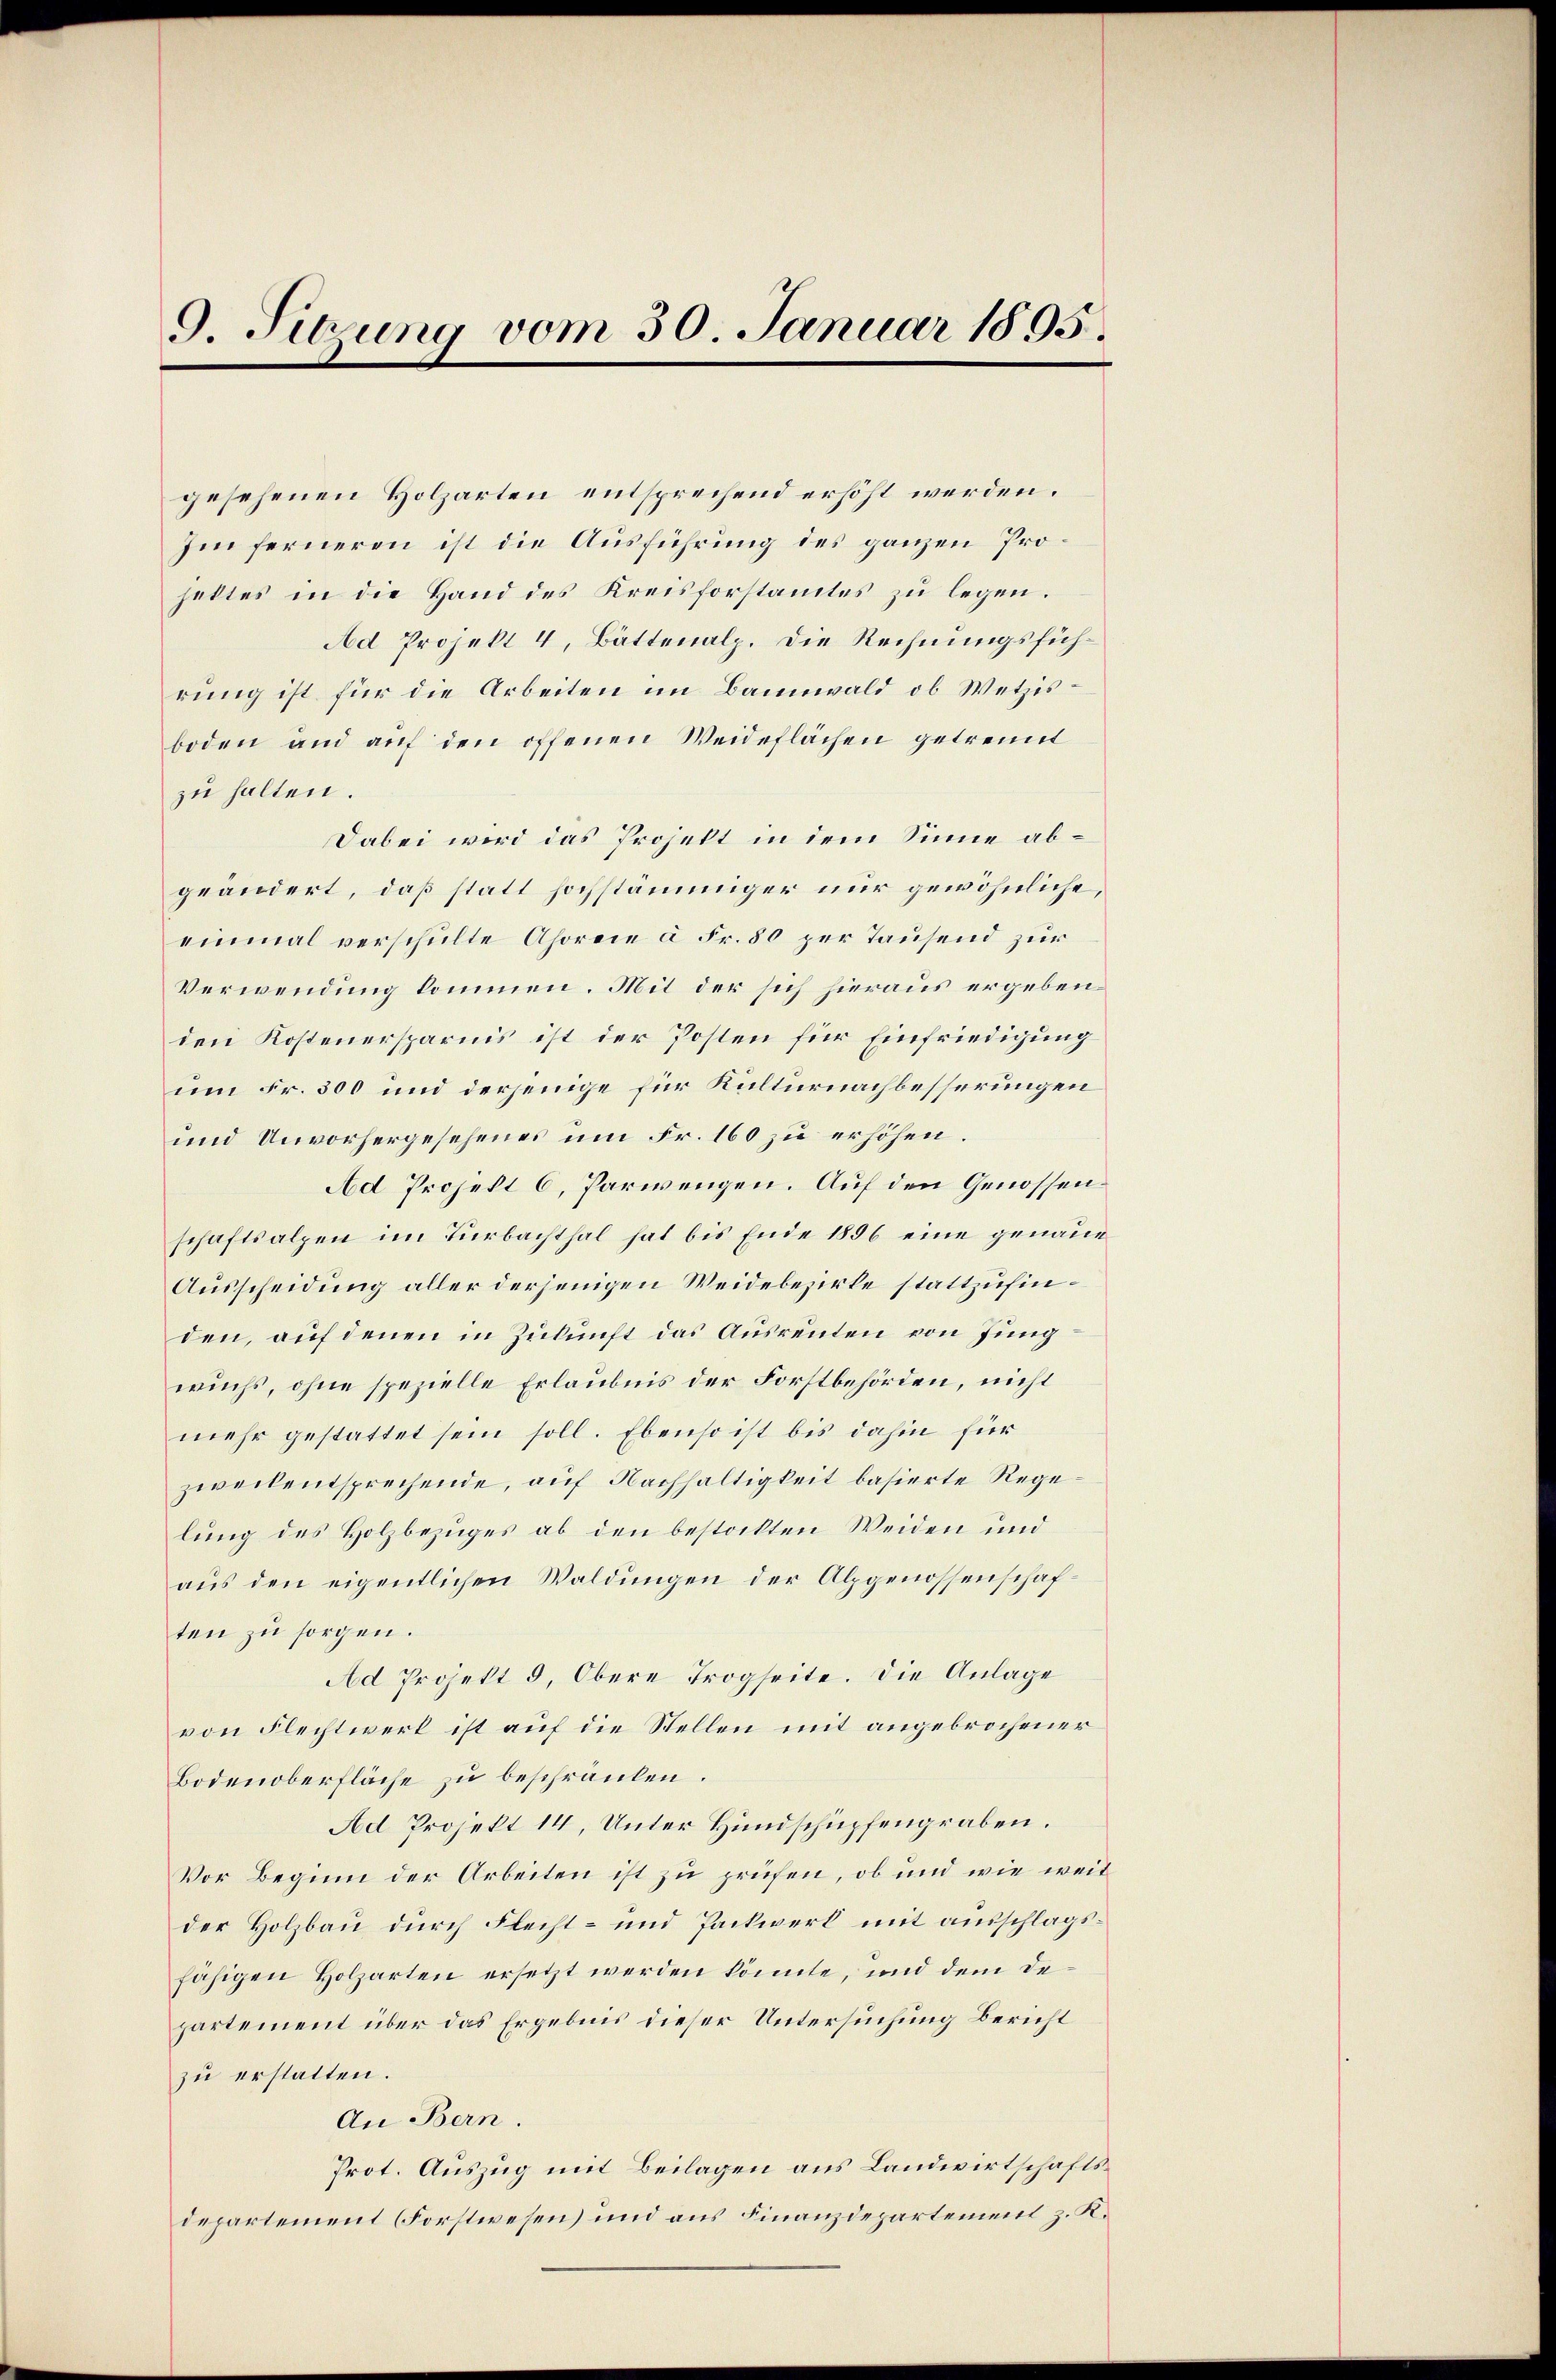
9. Sitzung vom 30. Januar 1895.

gesehenen Holzarten entsprechend erhöht werden.
Im ferneren ist die Ausführung des ganzen Projettes in die Hand des Kreisforstamtes zu legen.
Ad Projekt 4, Battenalp. Die Rechnungsführung ist für die Arbeiten im Bannwald ob Wetzisboden und auf den offenen Weideflächen getrennt
zu halten.
Dabei wird das Projekt in dem Sinne abgeändert, daß statt hochstämmiger nur gewöhnliche,
einmal verschulte Ahoreie à Fr. 80 per Tausend zur
Verwendung kommen. Mit der sich hieraus ergeben
den Kostenersparnis ist der Posten für Einfriedigung
um Fr. 300 und derjenige für Kulturnachbesserungen
und Unvorhergesehenes um Fr. 160 zu erhöhen.
Ad Projekt 6, Parwengen. Auf den Genossen.
schaftsalpen im Turbachthal hat bis Ende 1856 eine genaue
Ausscheidung aller derjenigen Weidebezirke stattzufinden, auf denen in Zukunft das Ausreuten von Jung
wuchs, ohne spezielle Erlaubnis der Forstbehörden, nicht
mehr gestattet sein soll. Ebenso ist bis dahin für
zweckentsprechende, auf Nachhaltigkeit basierte Regelung des Holzbezuges ab den bestockten Weiden und
aus den eigentlichen Waldungen der Alpgenossenschaften zu sorgen.
Ad Projekt 3, Obere Trogseite. Die Anlage
von Flechtwerk ist auf die Stellen mit angebrochener
Bodenoberfläche zu beschränken.
Ad Projekt 14, Unter Hundschüpfengraben.
Vor Beginn der Arbeiten ist zu prüfen, ob und wie weider Holzbau durch Flecht- und Packwerk mit ausschlagsfähigen Holzarten ersetzt werden könnte, und dem Departement über das Ergebnis dieser Untersuchung Bericht
zu erstatten.
An Bern.
Prot. Auszug mit Beilagen aus Landwirtschaftsdepartement (Forstwesen und aus Finanzdepartement z. K.